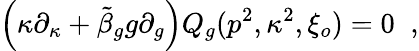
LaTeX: \Bigl(\kappa\partial_{\kappa}+\tilde{\beta}_{g}g\partial_{g}\Bigr)Q_{g}(p^{2},\kappa^{2},\xi_{o})=0\; \; ,